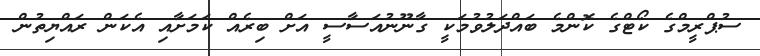
ސުޕްރީމްގެ ކޯޓްގެ ކޮންމެ ބައްދަލުވުމަކީ ގާނޫނުއަސާސީ އަށް ބިރެއް ކަމަށާއި އެކަން ރައްޔިތުން